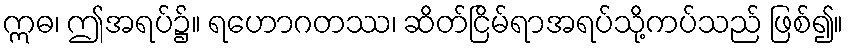
ဣဓ၊ ဤအရပ်၌။ ရဟောဂတဿ၊ ဆိတ်ငြိမ်ရာအရပ်သို့ကပ်သည် ဖြစ်၍။